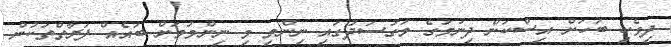
ދިވެހި ބަހަށް އިސްކަން ދިނުމުގެ މަގުސަދުގައި ނިންމި މި ނިންމުމަށް ބައެއް ފަރާތްތަކުން